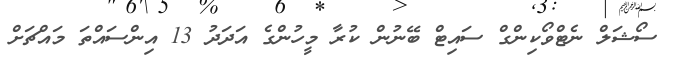
ސޯޝަލް ނެޓްވޯކިންގް ސައިޓް ބޭނުން ކުރާ މީހުންގެ އަދަދު 13 އިންސައްތަ މައްޗަށް